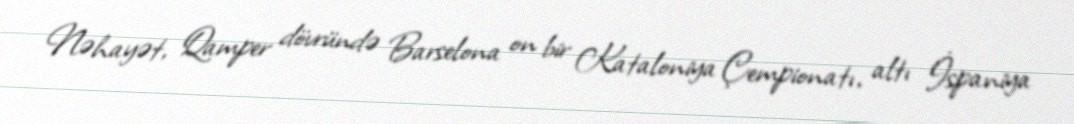
Nəhayət, Qamper dövründə Barselona on bir Kataloniya Çempionatı, altı İspaniya